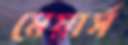
মেয়ার্স